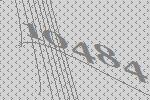
10484